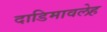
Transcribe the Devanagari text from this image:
दाडिमावलेह